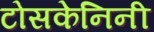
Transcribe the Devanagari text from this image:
टोसकेनिनी